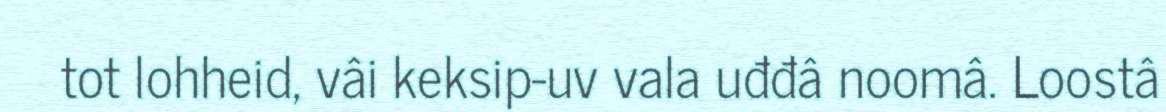
tot lohheid, vâi keksip-uv vala uđđâ noomâ. Loostâ